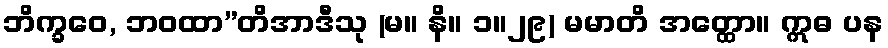
ဘိက္ခဝေ, ဘဝထာ”တိအာဒီသု (မ။ နိ။ ၁။၂၉) မမာတိ အတ္ထော။ ဣဓ ပန